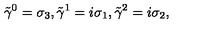
{ \tilde { \gamma } } ^ { 0 } = \sigma _ { 3 } , { \tilde { \gamma } } ^ { 1 } = i \sigma _ { 1 } , { \tilde { \gamma } } ^ { 2 } = i \sigma _ { 2 } ,